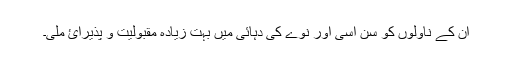
ان کے ناولوں کو سن اسی اور نوے کی دہائی میں بہت زیادہ مقبولیت و پذیرائ ملی۔